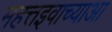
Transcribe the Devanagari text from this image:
महत्तइवाच्याआ